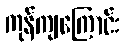
ကုန်ကျကြောင်း